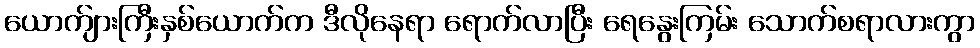
ယောက်ျားကြီးနှစ်ယောက်က ဒီလိုနေရာ ရောက်လာပြီး ရေနွေးကြမ်း သောက်စရာလားကွာ